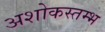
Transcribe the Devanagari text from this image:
अशोकस्तम्भ